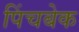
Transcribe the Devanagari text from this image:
पिंचबेक